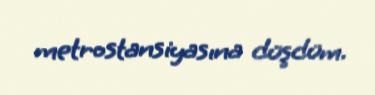
metrostansiyasına düşdüm.